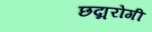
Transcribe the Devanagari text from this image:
छद्मरोगी